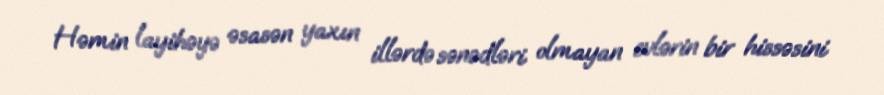
Həmin layihəyə əsasən yaxın illərdə sənədləri olmayan evlərin bir hissəsini